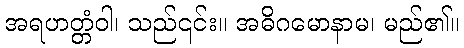
အရဟတ္တံဝါ၊ သည်၎င်း။ အဓိဂမောနာမ၊ မည်၏။